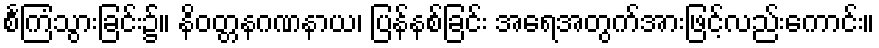
စင်္ကြံသွားခြင်း၌။ နိဝတ္တနဂဏနာယ၊ ပြန်နစ်ခြင်း အရေအတွက်အားဖြင့်လည်းကောင်း။